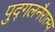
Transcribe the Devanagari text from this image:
पुद्गलनैरात्म्य